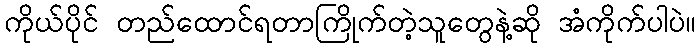
ကိုယ်ပိုင် တည်ထောင်ရတာကြိုက်တဲ့သူတွေနဲ့ဆို အံကိုက်ပါပဲ။